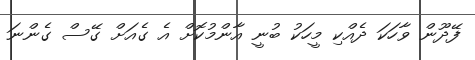
ފޭދޫން ވާހަކަ ދެއްކި މީހަކު ބުނީ އާންމުކޮށް އެ ގެއަށް ގޭސް ގެންނަ